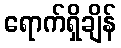
ရောက်ရှိချိန်